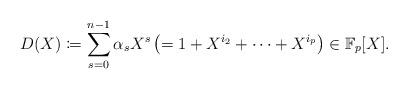
LaTeX: \begin{align*} D(X) \coloneqq \sum_{s=0}^{n-1} \alpha _s X^s \left( = 1 + X^{i_2} + \cdots + X^{i_p} \right) \in \mathbb{F}_{p} [X]. \end{align*}